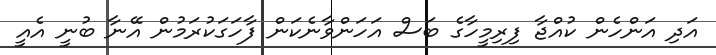
އަދި އަންހެން ކުއްޖާ ފިރިމީހާގެ ބަސް އަހަންވާނެކަން ފާހަގަކުރަމުން އޭނާ ބުނީ އެއީ